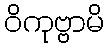
ဝိကုဗ္ဗာမိ